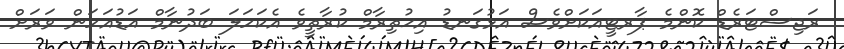
ރަޖިސްޓަރެޑް ކޮންމެ ޕާރޓީއަކަށްވެސް އަޅުގަނޑު އިޙުތިރާމް ކުރާތީވެ އެކަހަލަ ބަދުނާމް އަޑުއަހަން ވަރަށް